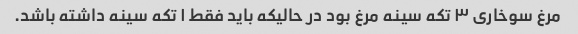
مرغ سوخاری ۳ تکه سینه مرغ بود در حالیکه باید فقط ۱ تکه سینه داشته باشد.